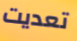
تعديت